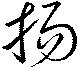
揚